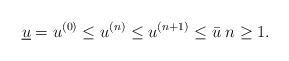
LaTeX: \begin{align*}\underline{u}=u^{(0)}\leq u^{(n)}\leq u^{(n+1)}\leq \bar{u}\; n\geq 1.\end{align*}